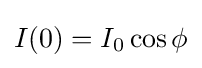
I(0)=I_{0}\cos \phi